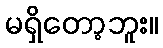
မရှိတော့ဘူး။